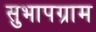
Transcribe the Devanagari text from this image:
सुभापग्राम